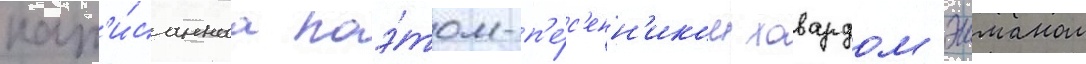
нап'и́саннаа поэ́том-п'е́с'енн'иком ховардом эшманом